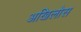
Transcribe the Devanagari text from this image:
अखिलोस